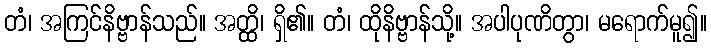
တံ၊ အကြင်နိဗ္ဗာန်သည်။ အတ္ထိ၊ ရှိ၏။ တံ၊ ထိုနိဗ္ဗာန်သို့။ အပါပုဏိတွာ၊ မရောက်မူ၍။